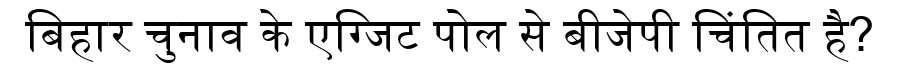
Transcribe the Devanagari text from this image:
बिहार चुनाव के एग्जिट पोल से बीजेपी चिंतित है?